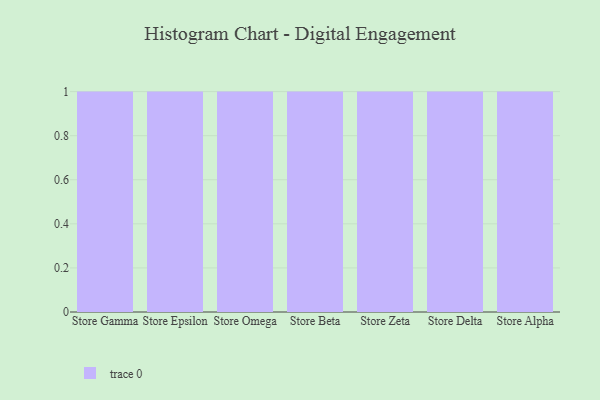
{"axis": {"x": "Store", "y": "Bounce Rate (%)"}, "legend": [""], "data": [{"x": "Store Gamma", "y": 97, "type": ""}, {"x": "Store Epsilon", "y": 79, "type": ""}, {"x": "Store Omega", "y": 29, "type": ""}, {"x": "Store Beta", "y": 89, "type": ""}, {"x": "Store Zeta", "y": 69, "type": ""}, {"x": "Store Delta", "y": 52, "type": ""}, {"x": "Store Alpha", "y": 84, "type": ""}]}